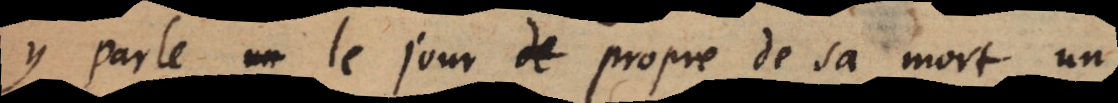
y parle le jour propre de sa mort, un